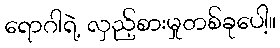
ရောဂါရဲ့ လှည့်စားမှုတစ်ခုပေါ့။